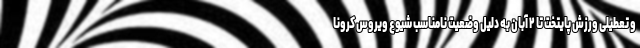
و تعطیلی ورزش پایتخت تا ۲ آبان به دلیل وضعیت نامناسب شیوع ویروس کرونا